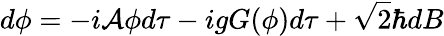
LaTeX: d\phi=-i{\cal A}\phi d\tau-igG(\phi)d\tau+\sqrt{2}\hbar dB